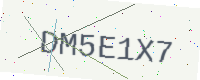
Text: DM5E1X7